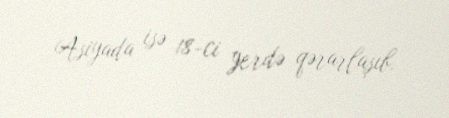
Asiyada isə 18-ci yerdə qərarlaşıb.